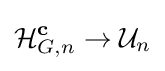
{\mathcal {H}}_{G,n}^{\mathbf {c} }\to {\mathcal {U}}_{n}